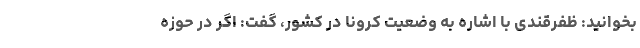
بخوانید: ظفرقندی با اشاره به وضعیت کرونا در کشور، گفت: اگر در حوزه